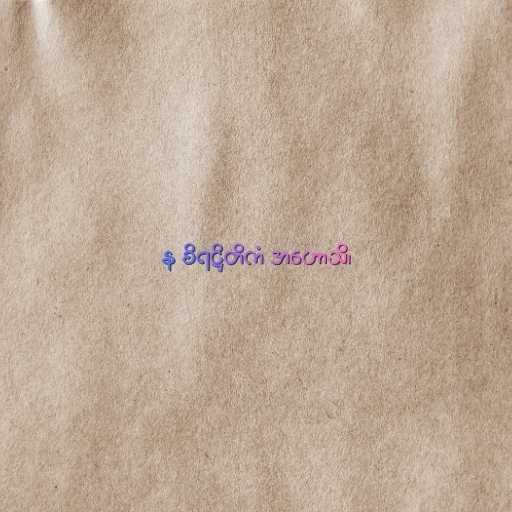
န စိရဋ္ဌိတိကံ အဟောသိ၊